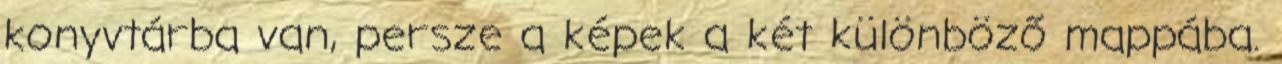
konyvtárba van, persze a képek a két különböző mappába.